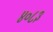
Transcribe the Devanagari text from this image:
४०८३